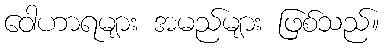
ဝေါဟာရများ အမည်များ ဖြစ်သည်။